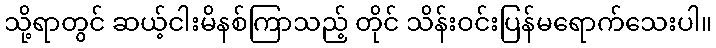
သို့ရာတွင် ဆယ့်ငါးမိနစ်ကြာသည့် တိုင် သိန်းဝင်းပြန်မရောက်သေးပါ။